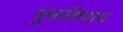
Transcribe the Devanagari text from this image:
दुधाशिवाय